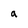
Character: a